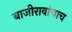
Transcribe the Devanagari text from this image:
बाजीरावांचाच